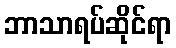
ဘာသာရပ်ဆိုင်ရာ